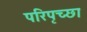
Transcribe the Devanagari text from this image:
परिपृच्छा